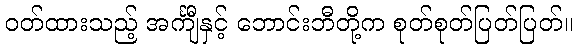
ဝတ်ထားသည့် အင်္ကျီနှင့် ဘောင်းဘီတို့က စုတ်စုတ်ပြတ်ပြတ်။